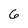
Character: 6